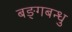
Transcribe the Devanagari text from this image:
बङ्गबन्धु